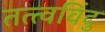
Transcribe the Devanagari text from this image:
तत्त्वविंदु